Annual administration report of the Civil Veterinary Department of India - 1897-1898
Year: 1897
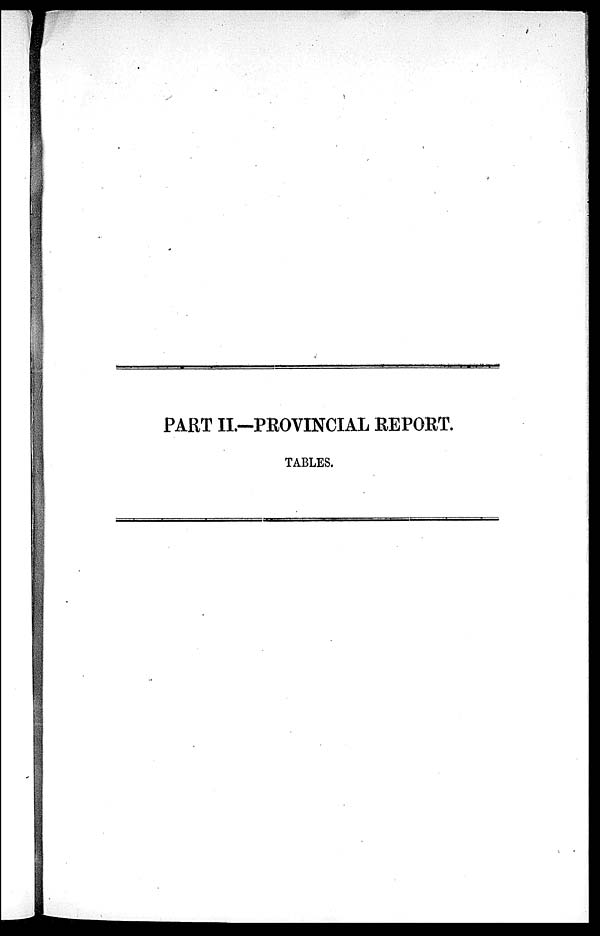
PART II.-PROVINCIAL REPORT.
TABLES.